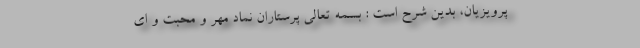
پرویزیان، بدین شرح است : بسمه تعالی پرستاران نماد مهر و محبت و ای